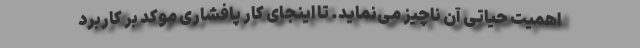
اهمیت حیاتی آن ناچیز می‌نماید. تا اینجای کار پافشاری موکد بر کاربرد